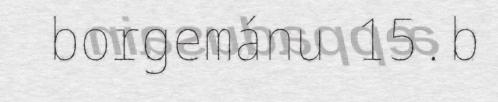
borgemánu 15.b